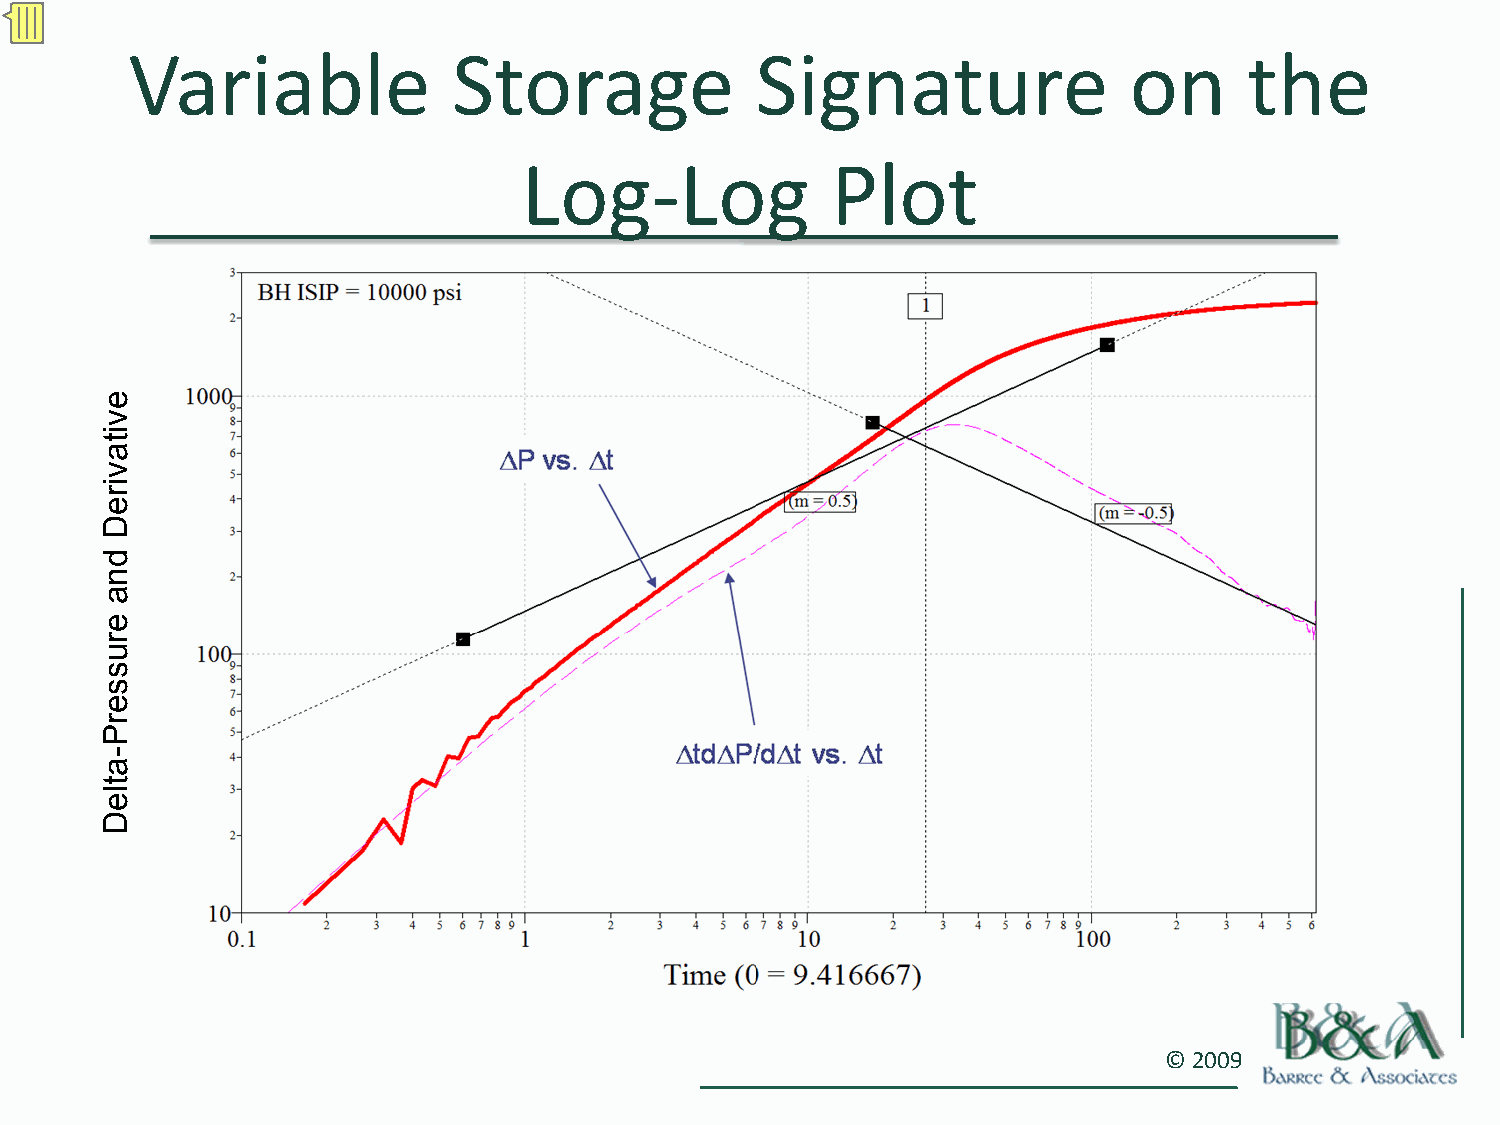
Variable              Storage             Signature                on      the
 Log‐Log             Plot
 © 2009
 evitavireD
 dna
 erusserP-atleD